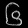
Digit: ၆